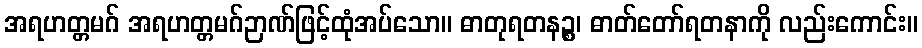
အရဟတ္တမဂ် အရဟတ္တမဂ်ဉာဏ်ဖြင့်ထုံအပ်သော။ ဓာတုရတနဉ္စ၊ ဓာတ်တော်ရတနာကို လည်းကောင်း။